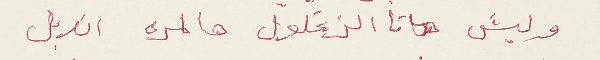
وليش تا الزغلول هالمره اندبل